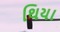
થિયા